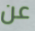
عن